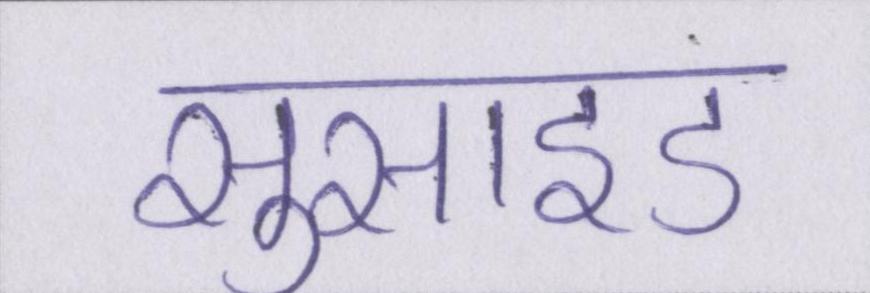
सुसाइड